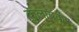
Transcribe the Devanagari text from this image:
कुलाबकर